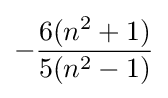
-{\frac {6(n^{2}+1)}{5(n^{2}-1)}}